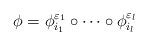
LaTeX: \begin{align*} \phi=\phi_{i_1}^{\varepsilon_1}\circ\cdots\circ \phi_{i_l}^{\varepsilon_l}\end{align*}